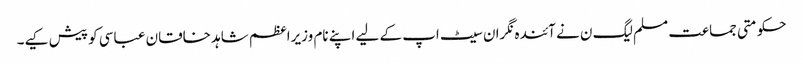
حکومتی جماعت مسلم لیگ ن نے آئندہ نگران سیٹ اپ کے لیے اپنے نام وزیراعظم شاہد خاقان عباسی کو پیش کیے۔